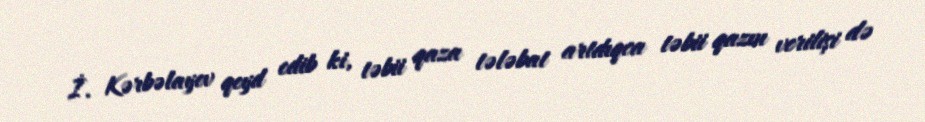
İ. Kərbəlayev qeyd edib ki, təbii qaza tələbat artdıqca təbii qazın verilişi də